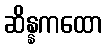
ဆိန္နကထော